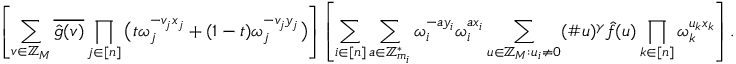
\left[ \sum _ { v \in \mathbb { Z } _ { M } } \overline { { \hat { g } ( v ) } } \prod _ { j \in [ n ] } \big ( t \omega _ { j } ^ { - v _ { j } x _ { j } } + ( 1 - t ) \omega _ { j } ^ { - v _ { j } y _ { j } } \big ) \right] \left[ \sum _ { i \in [ n ] } \sum _ { a \in \mathbb { Z } _ { m _ { i } } ^ { * } } \omega _ { i } ^ { - a y _ { i } } \omega _ { i } ^ { a x _ { i } } \sum _ { u \in \mathbb { Z } _ { M } : u _ { i } \neq 0 } ( \# u ) ^ { \gamma } \hat { f } ( u ) \prod _ { k \in [ n ] } \omega _ { k } ^ { u _ { k } x _ { k } } \right] .